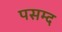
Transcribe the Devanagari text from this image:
पसम्द